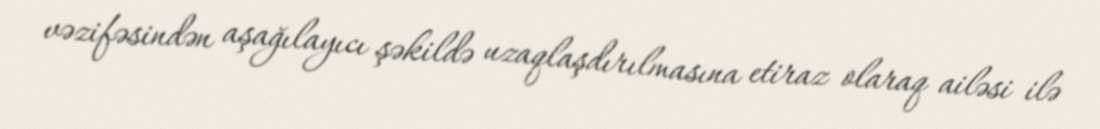
vəzifəsindən aşağılayıcı şəkildə uzaqlaşdırılmasına etiraz olaraq ailəsi ilə